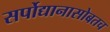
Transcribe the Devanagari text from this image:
सर्पोद्यानासोबतच